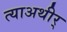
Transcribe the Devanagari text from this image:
त्याअथीर्